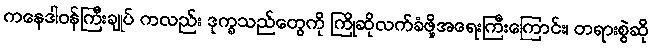
ကနေဒါဝန်ကြီးချုပ် ကလည်း ဒုက္ခသည်တွေကို ကြိုဆိုလက်ခံဖို့အရေးကြီးကြောင်း၊ တရားစွဲဆို